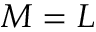
{ M = L }